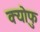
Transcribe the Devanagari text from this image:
क्योफु